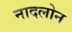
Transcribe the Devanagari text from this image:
नादलोन